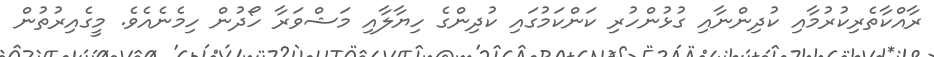
ރާއްކާތެރިކުރުމާއި ކުދިންނާއި ގުޅުންހުރި ކަންކަމުގައި ކުދިންގެ ހިޔާލާއި މަޝްވަރާ ހޯދުން ހިމެނެއެވެ. މީގެއިރުތުން